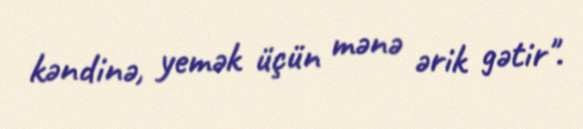
kəndinə, yemək üçün mənə ərik gətir".